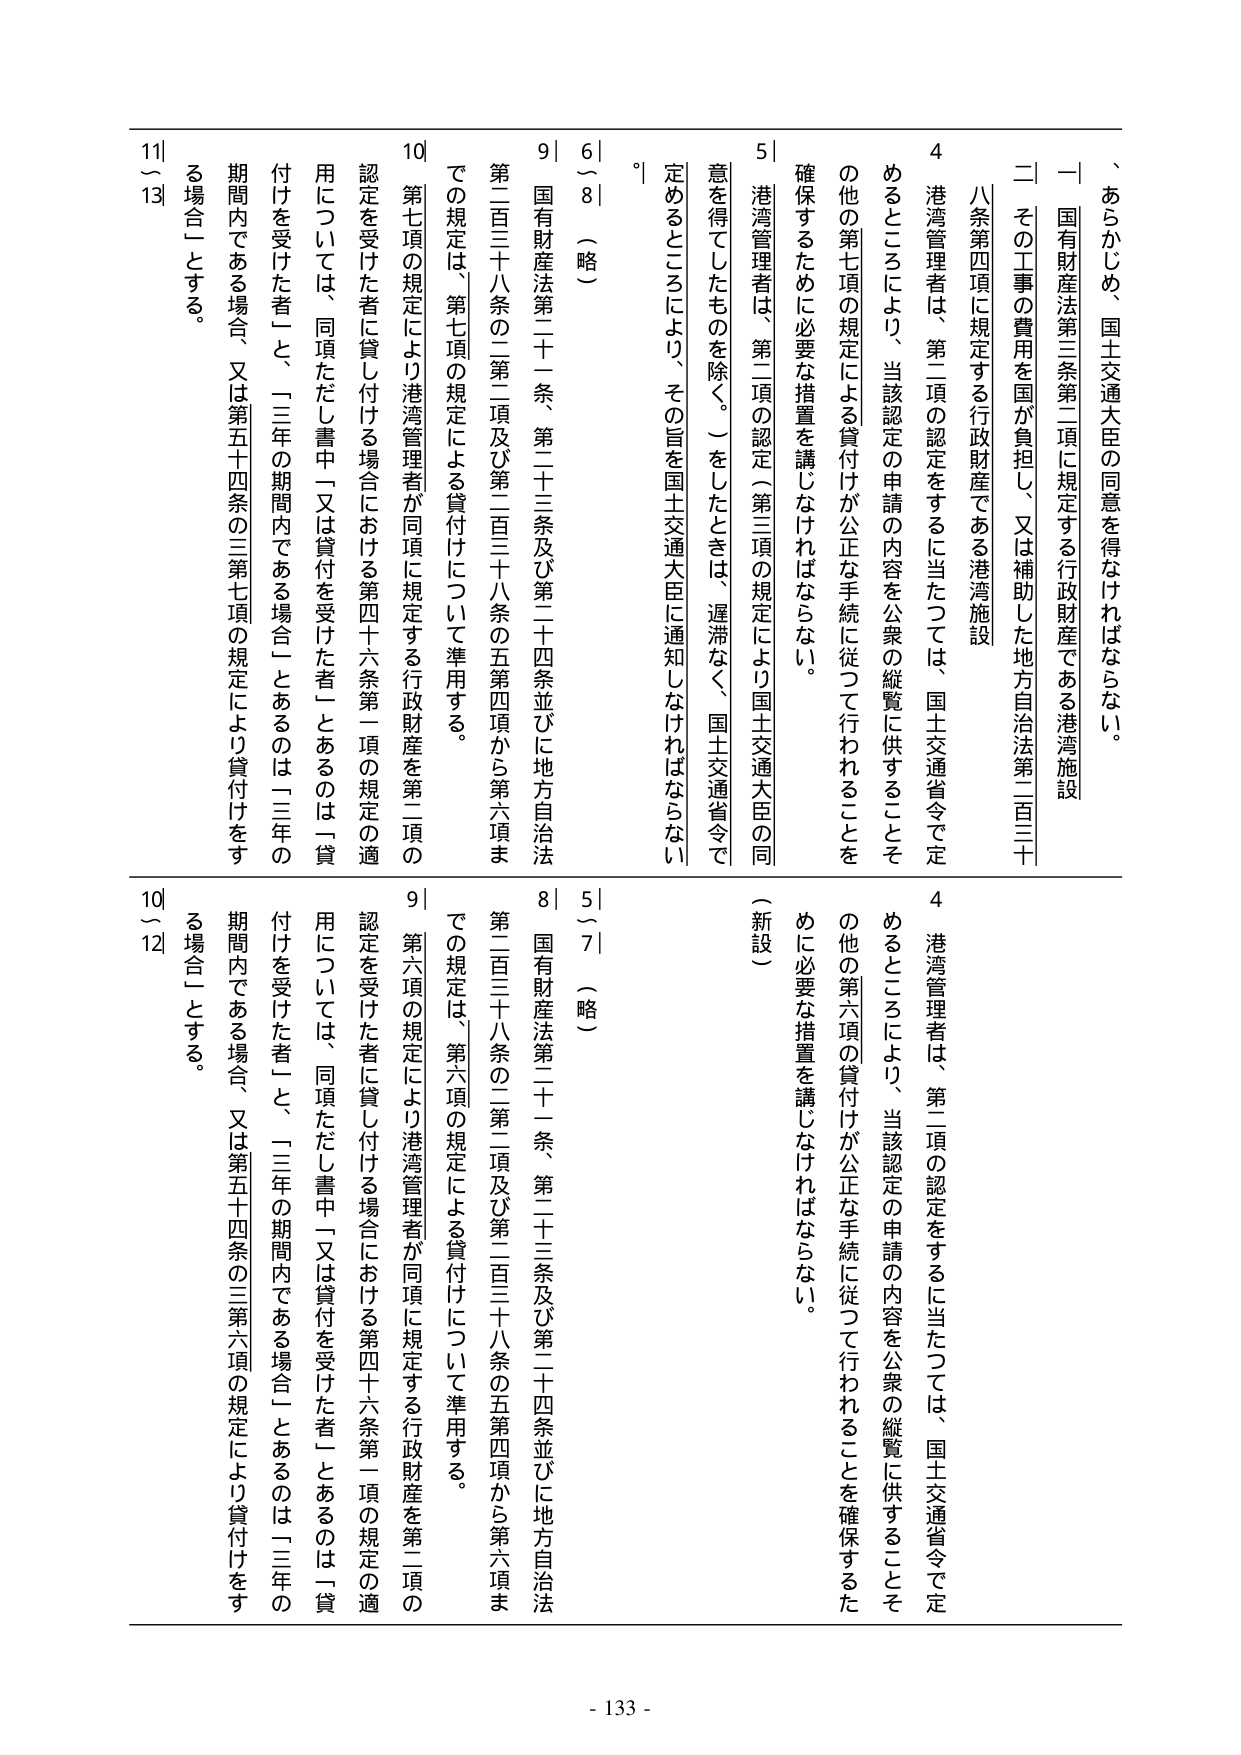
、あらかじめ、国土交通大臣の同意を得なければならない。

一 国有財産法第三条第二項に規定する行政財産である港湾施設
二 その工事の費用を国が負担し、又は補助した地方自治法第二百三十
八条第四項に規定する行政財産である港湾施設

4 港湾管理者は、第二項の認定をするに当たっては、国土交通省令で定
めるところにより、当該認定の申請の内容を公衆の縦覧に供することそ
の他の第七項の規定による貸付けが公正な手続に従って行われることを
確保するために必要な措置を講じなければならない。

5 港湾管理者は、第二項の認定（第三項の規定により国土交通大臣の同
意を得てしたものを除く。）をしたときは、遅滞なく、国土交通省令で
定めるところにより、その旨を国土交通大臣に通知しなければならない。

6～8 （略）

9 国有財産法第二十一条、第二十三条及び第二十四条並びに地方自治法
第二百三十八条の二第二項及び第二百三十八条の五第四項から第六項ま
での規定は、第七項の規定による貸付けについて準用する。

10 第七項の規定により港湾管理者が同項に規定する行政財産を第二項の
認定を受けた者に貸し付ける場合における第四十六条第一項の規定の適
用については、同項ただし書中「又は貸付を受けた者」とあるのは「貸
付けを受けた者」と、「三年の期間内である場合」とあるのは「三年の
期間内である場合、又は第五十四条の三第七項の規定により貸付けをす
る場合」とする。

11～13

4 港湾管理者は、第二項の認定をするに当たっては、国土交通省令で定
めるところにより、当該認定の申請の内容を公衆の縦覧に供することそ
の他の第六項の貸付けが公正な手続に従って行われることを確保するた
めに必要な措置を講じなければならない。

5～7 （略）

8 国有財産法第二十一条、第二十三条及び第二十四条並びに地方自治法
第二百三十八条の二第二項及び第二百三十八条の五第四項から第六項ま
での規定は、第六項の規定による貸付けについて準用する。

9 第六項の規定により港湾管理者が同項に規定する行政財産を第二項の
認定を受けた者に貸し付ける場合における第四十六条第一項の規定の適
用については、同項ただし書中「又は貸付を受けた者」とあるのは「貸
付けを受けた者」と、「三年の期間内である場合」とあるのは「三年の
期間内である場合、又は第五十四条の三第六項の規定により貸付けをす
る場合」とする。

10～12

- 133 -